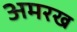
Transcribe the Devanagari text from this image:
अमरख